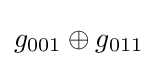
g_{001}\oplus g_{011}